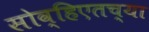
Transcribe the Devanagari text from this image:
सोव्हिएतच्या